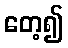
တေ့၍